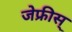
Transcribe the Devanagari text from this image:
जेफ्रीस्